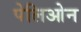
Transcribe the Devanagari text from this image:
पेलिओन